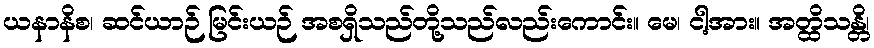
ယနာနိစ၊ ဆင်ယာဉ် မြင်းယဉ် အစရှိသည်တို့သည်လည်းကောင်း။ မေ၊ ငါ့အား။ အတ္ထိသန္တိ၊